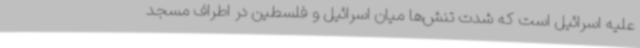
علیه اسرائیل است که شدت تنش‌ها میان اسرائیل و فلسطین در اطراف مسجد